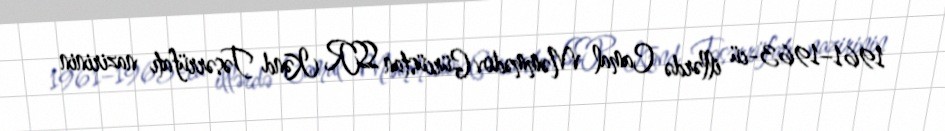
1961–1963-cü illərdə Camal Məmmədov Gürcüstan SSR Kənd Təsərrüfatı nazirinin